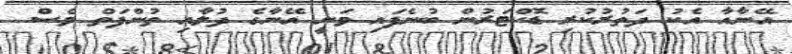
އޭނާއާ އެކު ދަތުރުކުރި ޑޮކްޓަރުން ބުނެފައި ވަނީ އޭނާގެ ދުލާއި ތުންފަތް ވެސް